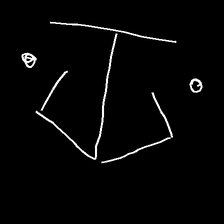
Glyph: earth